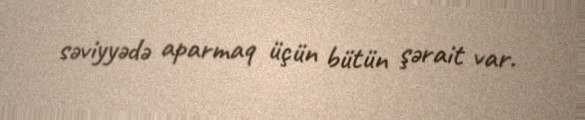
səviyyədə aparmaq üçün bütün şərait var.